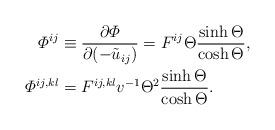
LaTeX: \begin{align*}\varPhi^{ij} & \equiv \frac{\partial \varPhi}{\partial (-\tilde{u}_{ij})}= F^{ij} \Theta \frac{\sinh \Theta}{ \cosh \Theta},\\\varPhi^{ij,kl} &= F^{ij,kl} v^{-1} \Theta^2 \frac{ \sinh \Theta}{ \cosh \Theta}.\end{align*}